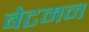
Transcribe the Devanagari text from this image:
बेटमन